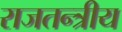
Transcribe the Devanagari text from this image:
राजतन्त्रीय